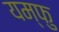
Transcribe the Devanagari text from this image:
यम्फु